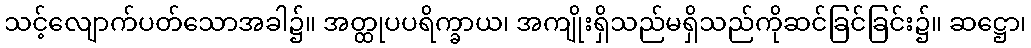
သင့်လျောက်ပတ်သောအခါ၌။ အတ္ထုပပရိက္ခာယ၊ အကျိုးရှိသည်မရှိသည်ကိုဆင်ခြင်ခြင်း၌။ ဆဋ္ဌော၊